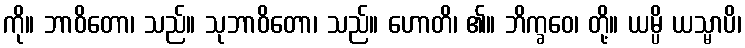
ကို။ ဘာဝိတော၊ သည်။ သုဘာဝိတော၊ သည်။ ဟောတိ၊ ၏။ ဘိက္ခဝေ၊ တို့။ ယမ္ပိ ယသ္မာပိ၊